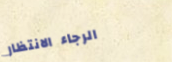
الرجاء الانتظار